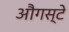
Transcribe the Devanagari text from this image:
औगस्टे